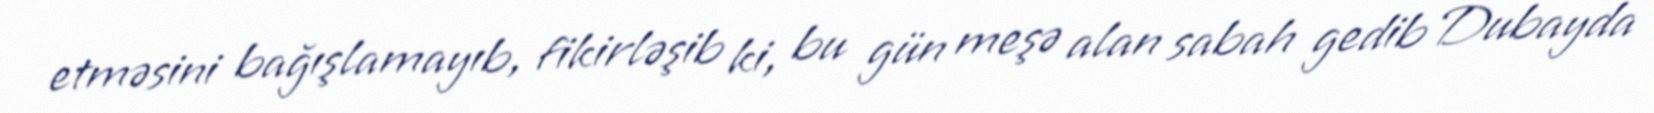
etməsini bağışlamayıb, fikirləşib ki, bu gün meşə alan sabah gedib Dubayda